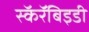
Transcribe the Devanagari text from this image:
स्कॅरॅबिइडी